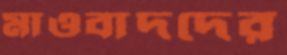
মাওবাদদের